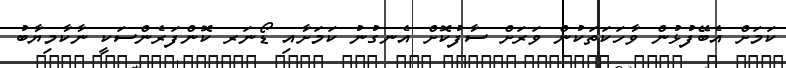
ކަމަށް އެބޭފުޅުން ވާހަކަތަކުން ވަރަށް ސާފުކޮށް އެނގުނު ކަމަށާއި ޑޯނަރ ކޮންފަރެންސަކީ ނާކާމިޔާބު